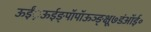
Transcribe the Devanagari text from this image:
ऊईं़ऊईङ्पॉपॉऊञ्ङ़़्क्षू७डंऑई॰